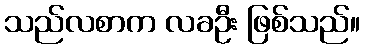
သည်လစာက လခဦး ဖြစ်သည်။